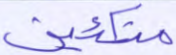
متكئين